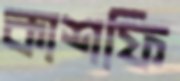
কাশফি